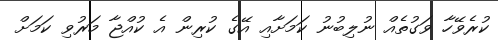
ކުރެވޭހާ ވަގުތެއް ނުލިބުނު ކަމަށާއި އޭގެ ކުރިން އެ ކުއްޖާ މަރުވި ކަމަށް